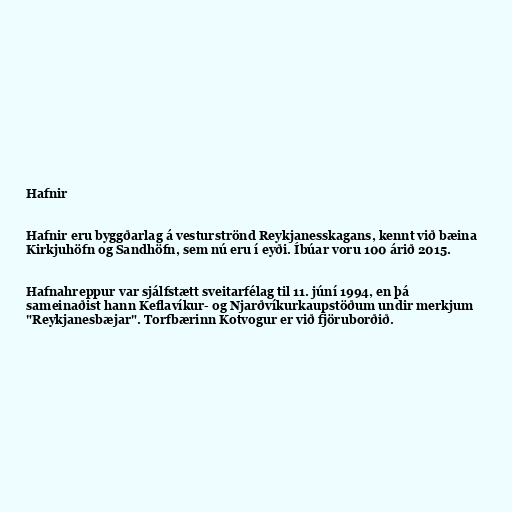
Hafnir

Hafnir eru byggðarlag á vesturströnd Reykjanesskagans, kennt við bæina
Kirkjuhöfn og Sandhöfn, sem nú eru í eyði. Íbúar voru 100 árið 2015.

Hafnahreppur var sjálfstætt sveitarfélag til 11. júní 1994, en þá
sameinaðist hann Keflavíkur- og Njarðvíkurkaupstöðum undir merkjum
"Reykjanesbæjar". Torfbærinn Kotvogur er við fjöruborðið.